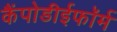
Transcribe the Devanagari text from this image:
कैंपोडीईफॉर्म